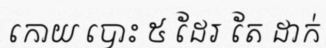
កោយ បោះ ៥ ដែរ តែ ដាក់